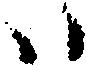
ハ